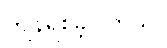
ကျန်ရစ်ခဲ့ပါတယ်။